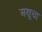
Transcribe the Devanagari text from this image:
अणुचा